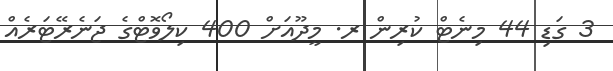
3 ގަޑި 44 މިނެޓް ކުރިން ރ. މީދޫއަށް 400 ކިލޯވޮޓްގެ ޖަނެރޭޓަރެއް